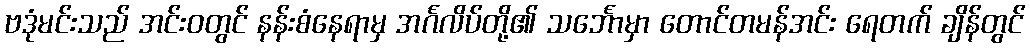
ဗဒုံမင်းသည် အင်းဝတွင် နန်းစံနေရာမှ အင်္ဂလိပ်တို့၏ သင်္ဘောမှာ တောင်တမန်အင်း ရေတက် ချိန်တွင်